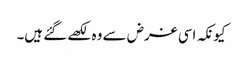
کیونکہ اسی غرض سے وہ لکھے گئے ہیں۔